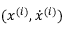
( x ^ { ( i ) } , \dot { x } ^ { ( i ) } )